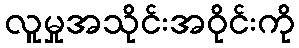
လူမှုအသိုင်းအဝိုင်းကို